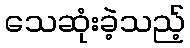
သေဆုံးခဲ့သည့်